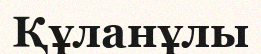
Құланұлы